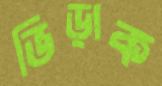
ভিড়াক